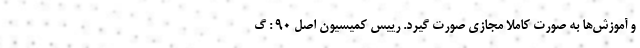
و آموزش‌ها به صورت کاملا مجازی صورت گیرد. رییس کمیسیون اصل ۹۰ : گ